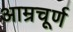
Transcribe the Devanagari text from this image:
आम्रचूर्ण